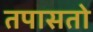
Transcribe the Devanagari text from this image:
तपासतो